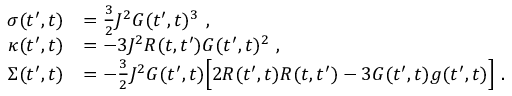
\begin{array} { r l } { \sigma ( t ^ { \prime } , t ) } & { = \frac { 3 } { 2 } J ^ { 2 } G ( t ^ { \prime } , t ) ^ { 3 } ~ , } \\ { \kappa ( t ^ { \prime } , t ) } & { = - 3 J ^ { 2 } R ( t , t ^ { \prime } ) G ( t ^ { \prime } , t ) ^ { 2 } ~ , } \\ { \Sigma ( t ^ { \prime } , t ) } & { = - \frac { 3 } { 2 } J ^ { 2 } G ( t ^ { \prime } , t ) \Big [ 2 R ( t ^ { \prime } , t ) R ( t , t ^ { \prime } ) - 3 G ( t ^ { \prime } , t ) g ( t ^ { \prime } , t ) \Big ] ~ . } \end{array}